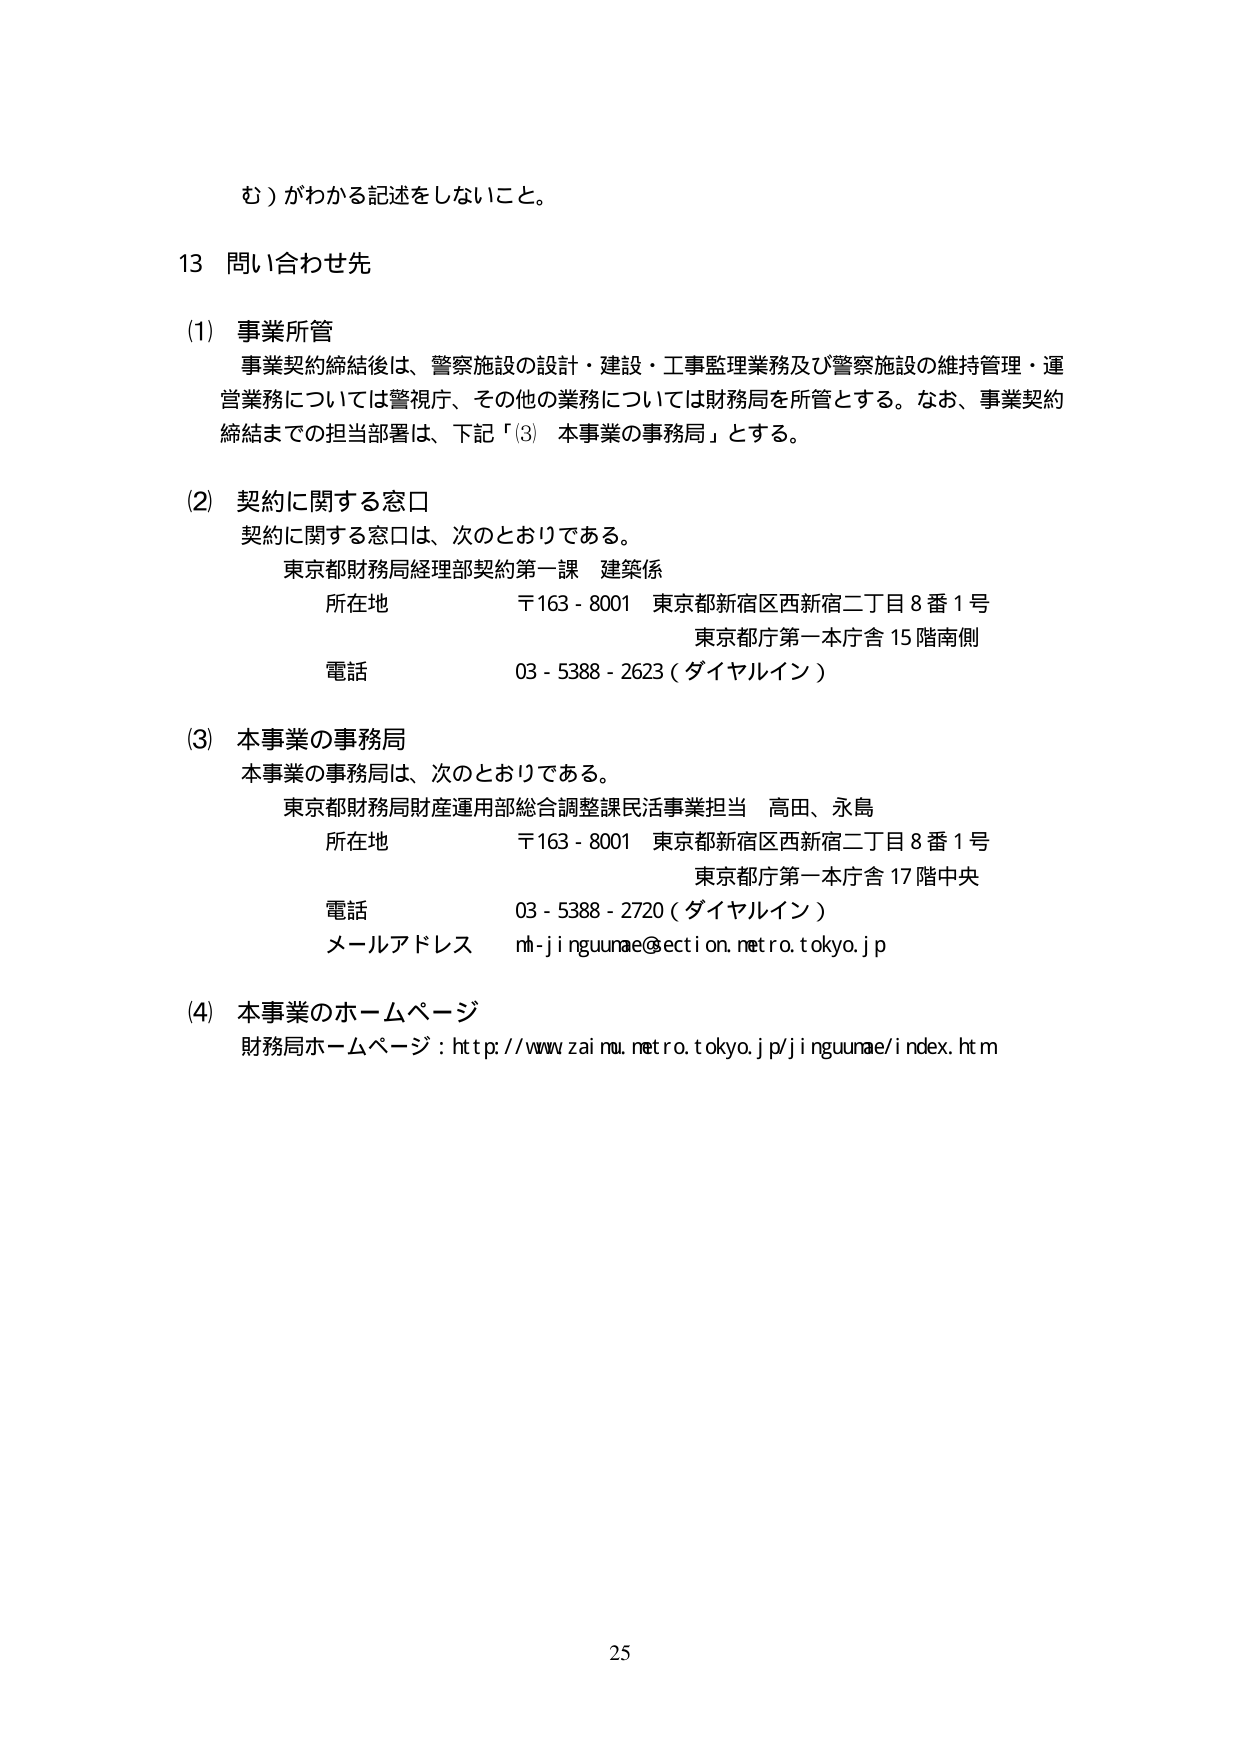
む）がわかる記述をしないこと。

13 問い合わせ先

(1) 事業所管
事業契約締結後は、警察施設の設計・建設・工事監理業務及び警察施設の維持管理・運営業務については警視庁、その他の業務については財務局を所管とする。なお、事業契約締結までの担当部署は、下記「(3) 本事業の事務局」とする。

(2) 契約に関する窓口
契約に関する窓口は、次のとおりである。
東京都財務局経理部契約第一課 建築係
所在地 〒163-8001 東京都新宿区西新宿二丁目8番1号
東京都庁第一本庁舎15階南側
電話 03-5388-2623（ダイヤルイン）

(3) 本事業の事務局
本事業の事務局は、次のとおりである。
東京都財務局財産運用部総合調整課民活事業担当 高田、永島
所在地 〒163-8001 東京都新宿区西新宿二丁目8番1号
東京都庁第一本庁舎17階中央
電話 03-5388-2720（ダイヤルイン）
メールアドレス nh-jinguunae@ection.metro.tokyo.jp

(4) 本事業のホームページ
財務局ホームページ：http://www.zaimu.metro.tokyo.jp/jinguunae/index.htm

25